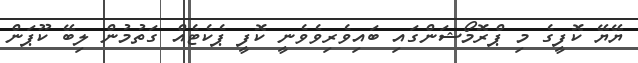
ޔޭޔޭ ކޮފީގެ މި ޕްރޮމޯޝަންގައި ބައިވެރިވެވެނީ ކޮފީ ޕެކެޓެއް ގަތުމުން ލިބޭ ކޫޕަން